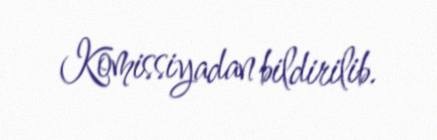
Komissiyadan bildirilib.